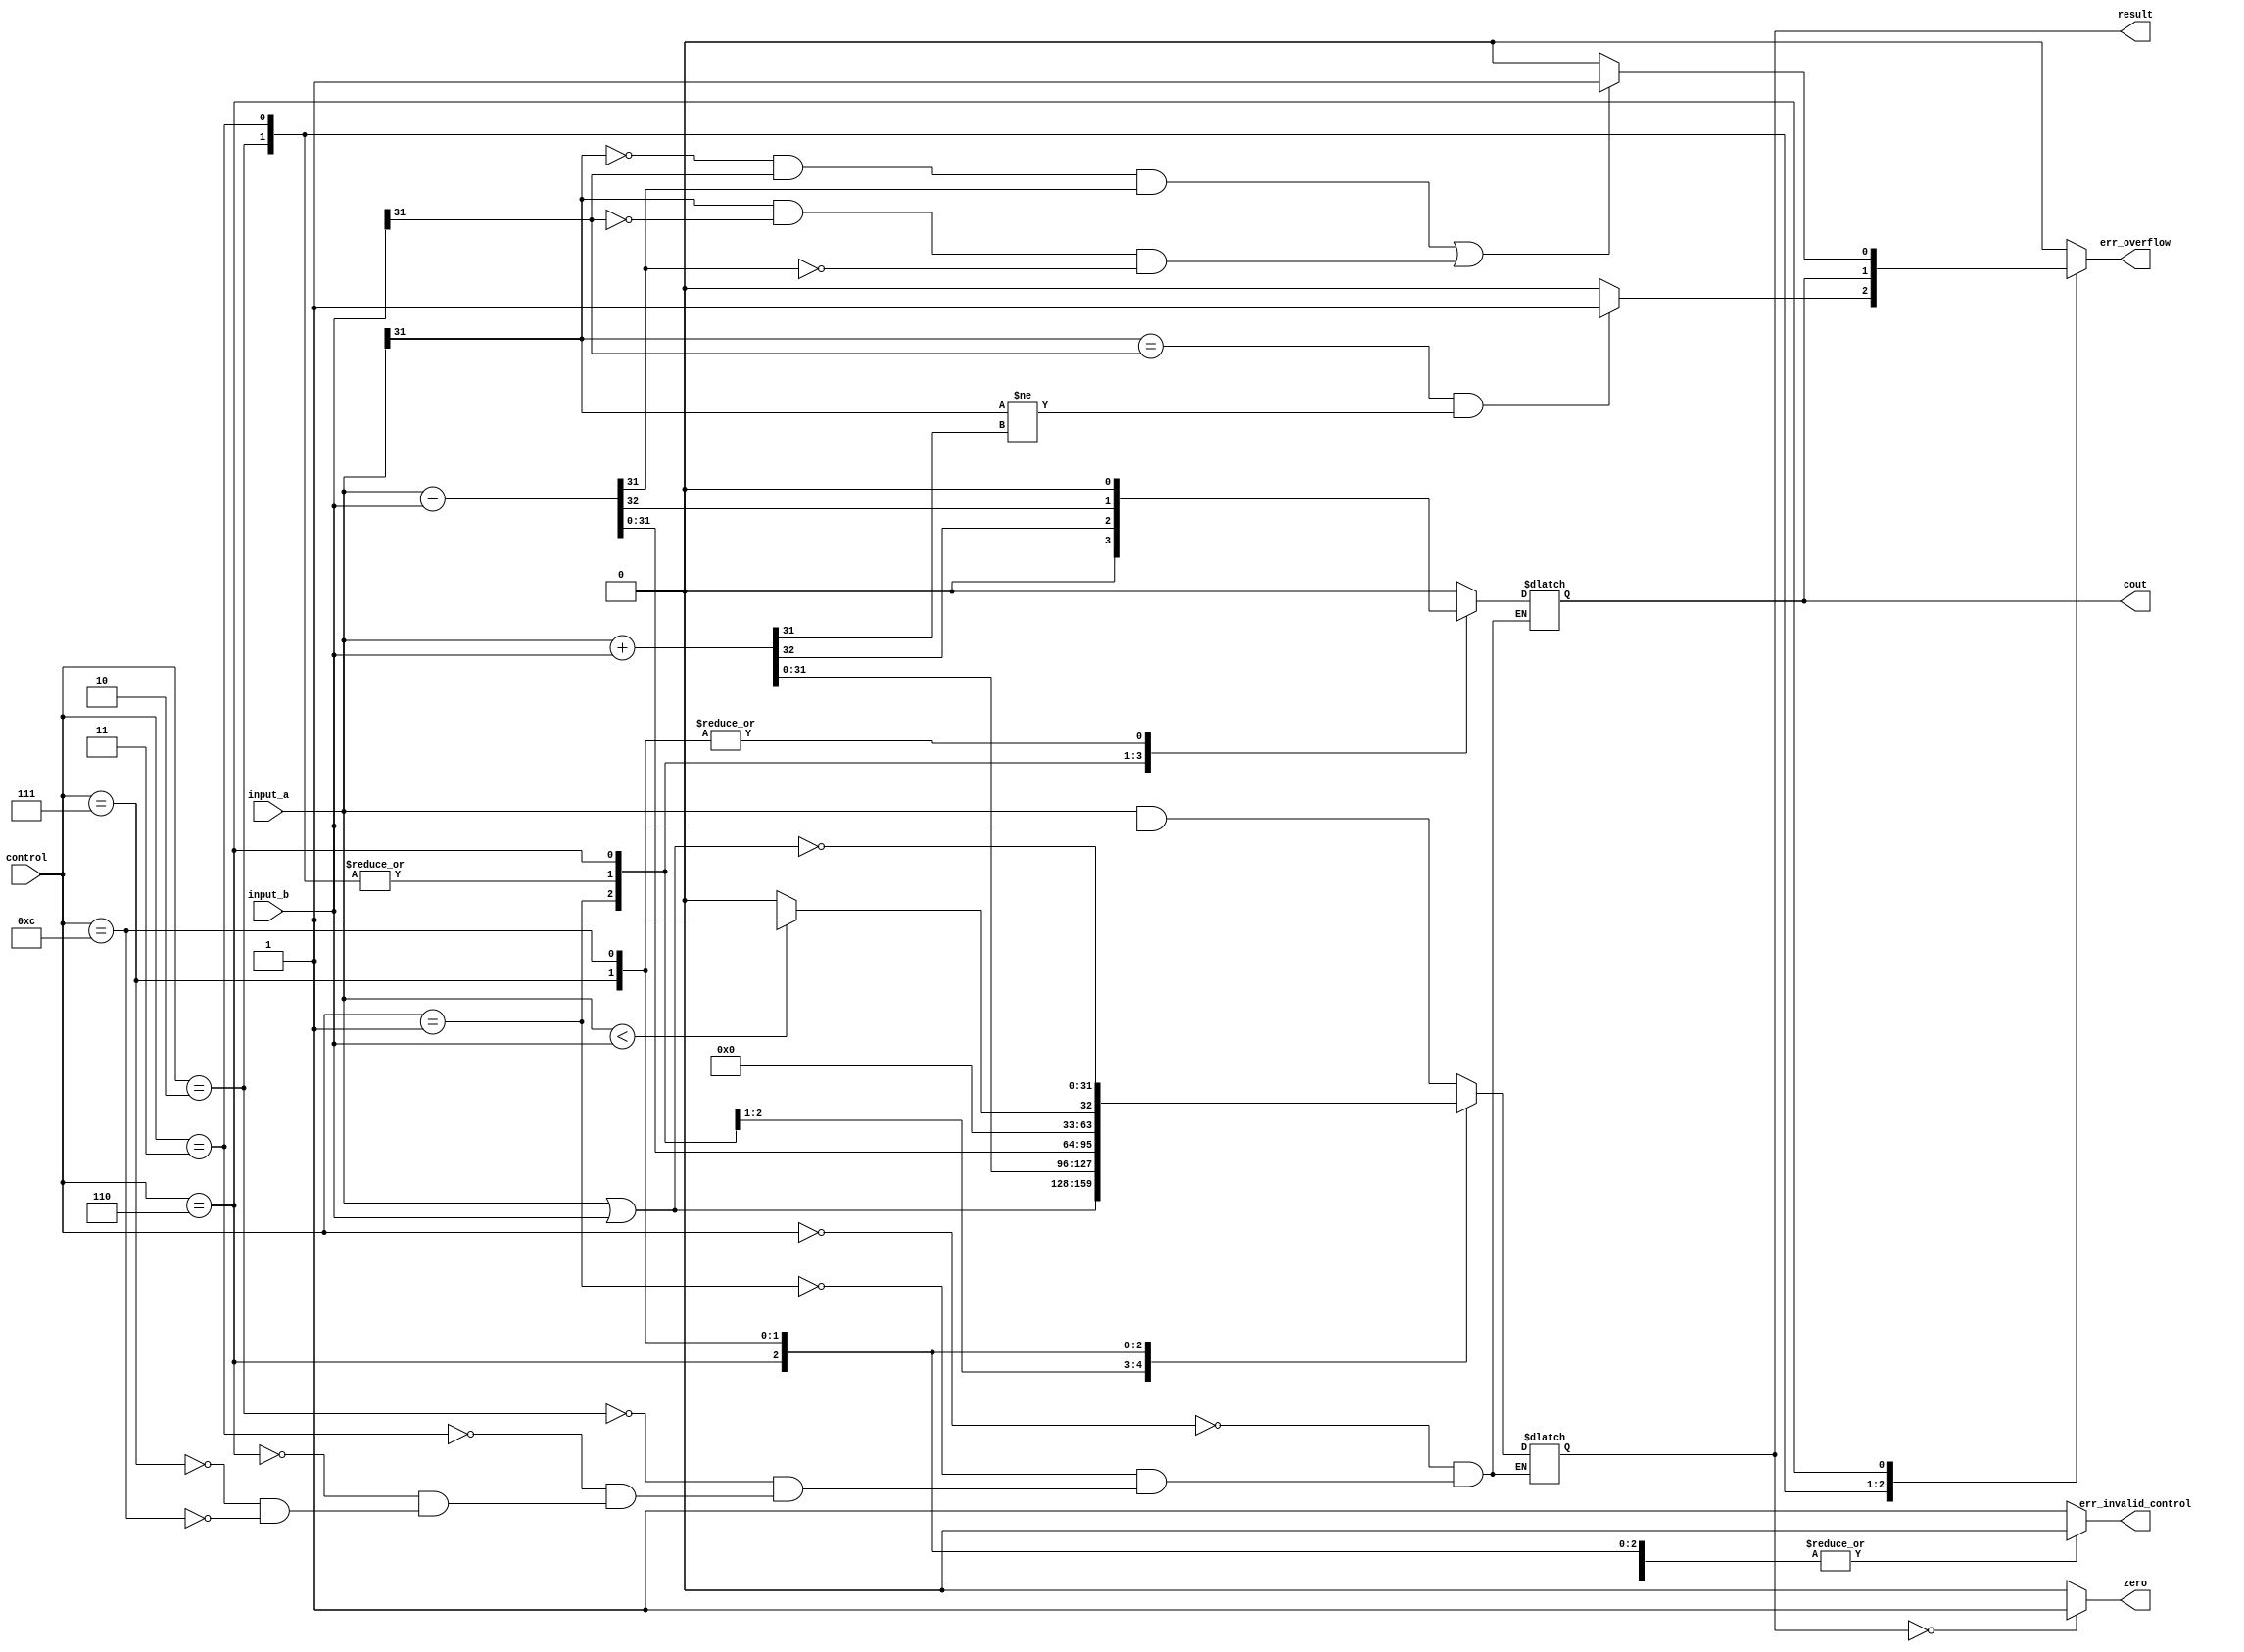
// 2016 Ryan Leonard
// ALU Module
//
// ALU Execution begins on posedge of clock.
//
//  Table representing the default control signals enabled by 
//  this ALU
//  -----------------------
//  | ALU |     |         |
//  | Bits| Hex | Function|  
//  -----------------------
//  |0000 | 'h0 | AND     | 
//  |0001 | 'h1 | OR      | 
//  |0010 | 'h2 | ADD     | 
//  |0110 | 'h6 | SUB     | 
//  |0111 | 'h7 | SLT     | 
//  |1100 | 'hC | NOR     | 
//  -----------------------
//
//  If an invalid control signal is sent into our ALU, then the
//  err_invalid_control wire will be raised to high.
//
//  Overflow logic implemented based on:
//    http://teaching.idallen.com/dat2343/10f/notes/040_overflow.txt
  
module alu_32 (
  input_a,
  input_b,
  control,
  zero, 
  cout,
  err_overflow,
  err_invalid_control,
  result
);

// Control parameters
parameter 
  CONTROL_SIGNAL_SIZE = 4, // # of bits in control signal
  CONTROL_AND = 5'h0, 
  CONTROL_OR  = 5'h1, 
  CONTROL_ADD = 5'h2, 
  CONTROL_ADD_UNSIGNED = 5'h3, 
  CONTROL_SUB = 5'h6,
  CONTROL_SLT = 5'h7,
  CONTROL_NOR = 5'hc,
  OFF = 1'b0,
  ON = 1'b1;

localparam 
  INVALID = 33'bx,
  WORD_SIZE = 32,
  MSB = WORD_SIZE-1; // Most signficant bit

input wire [WORD_SIZE-1:0]	input_a;
input wire [WORD_SIZE-1:0]	input_b;
input wire [CONTROL_SIGNAL_SIZE-1:0]	control;
output wire       zero;
output reg	      cout;
output reg	      err_overflow;
output reg	      err_invalid_control;
output reg [WORD_SIZE-1:0]	result;

// An intermittent value storage register
reg [WORD_SIZE-1:0] tmp;

// Assign our wires for zero and overflow signal 
// based on the results calculated at the start of 
// our clock cycle in the below ALWAYS block.
assign zero = (result == 32'b0) ? ON : OFF;

task addition_signed(
  input [WORD_SIZE-1:0] input_a,
  input [WORD_SIZE-1:0] input_b,
  output [WORD_SIZE-1:0] result);
begin
  {cout,result} = ( input_a + input_b );
  if (input_a[MSB] == input_b[MSB] && // If both input have same sign
      input_a[MSB] != result[MSB])    // and result has different sign
    err_overflow <= ON;
end
endtask

// Determine how to set result and cout based on the
// control signal
always @ (*)
begin // BEG main

  case(control)
    CONTROL_AND: begin
      err_invalid_control <= OFF;
      err_overflow <= OFF;
      {cout,result} <= ( input_a & input_b );
    end

    CONTROL_OR: begin
      err_invalid_control <= OFF;
      err_overflow <= OFF;
      {cout,result} <= ( input_a | input_b );
    end

    CONTROL_ADD: begin
      err_invalid_control <= OFF;
      {cout,result} = ( input_a + input_b );
      if (input_a[MSB] == input_b[MSB] && // If both input have same sign
          input_a[MSB] != result[MSB])    // and result has different sign
        err_overflow <= ON;
      else 
        err_overflow <= OFF;
    end

    CONTROL_ADD_UNSIGNED: begin
      err_invalid_control <= OFF;
      {cout,result} <= ( input_a + input_b );
      err_overflow <= cout;
    end

    // TODO: Test this bad boy -- not needed for fibonacci
    CONTROL_SUB: begin
      err_invalid_control <= OFF;
      {cout,result} = ( input_a - input_b );
      if (input_a[MSB] == 0 && input_b[MSB] == 1 && result[MSB] == 1 ||
          input_a[MSB] == 1 && input_b[MSB] == 0 && result[MSB] == 0)
        err_overflow <= ON;
      else 
        err_overflow <= OFF;
    end

    // Set Less Than treats inputs as unsigned values
    CONTROL_SLT: begin
      err_invalid_control <= OFF;
      err_overflow <= OFF;
      {cout,result} <= ( input_a < input_b ) ? ON :  OFF;
    end

    CONTROL_NOR: begin
      err_invalid_control <= OFF;
      err_overflow <= OFF;
      cout <= OFF;
      result <= (~(input_a|input_b) );
    end

    default: begin
      err_invalid_control <= ON; 
      err_overflow <= OFF;
      // $display("cannot decode control signal %b: ", control);
    end
  endcase
end // END main

endmodule